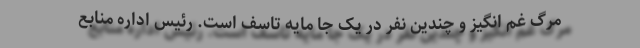
مرگ غم انگیز و چندین نفر در یک جا مایه تاسف است. رئیس اداره منابع